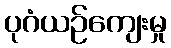
ပုဂံယဉ်ကျေးမှု